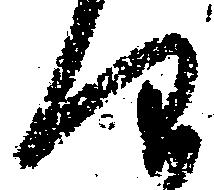
仰